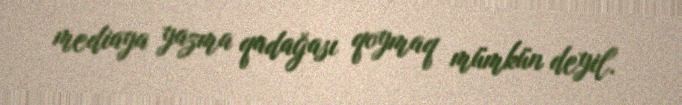
mediaya yazma qadağası qoymaq mümkün deyil.